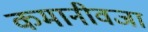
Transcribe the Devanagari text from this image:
कमानीवजा